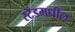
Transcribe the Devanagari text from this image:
स्टँडमधील